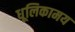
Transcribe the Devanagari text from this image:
धूलिकामय